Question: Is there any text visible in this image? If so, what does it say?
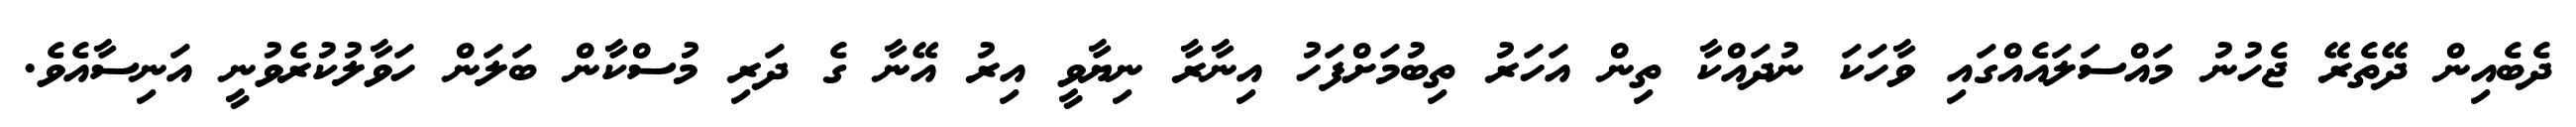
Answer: ދެބެއިން ދޭތެރޭ ޖެހުނު މައްސަލައެއްގައި ވާހަކަ ނުދައްކާ ތިން އަހަރު ތިބުމަށްފަހު އިނާރާ ނިޔާވީ އިރު އޭނާ ގެ ދަރި މުސްކާން ބަލަން ހަވާލުކުރެވުނީ އަނިސާއެވެ.